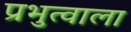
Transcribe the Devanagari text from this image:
प्रभुत्वाला